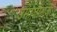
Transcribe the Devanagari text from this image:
उमाजीराजे